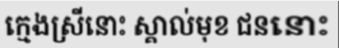
ក្មេងស្រីនោះ ស្គាល់មុខ ជននោះ